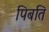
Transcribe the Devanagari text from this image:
पिबति